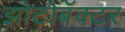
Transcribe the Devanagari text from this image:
झोटोबॅक्टर